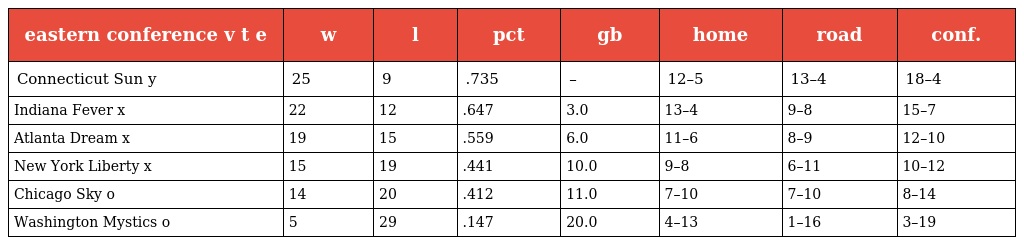
| eastern conference v t e | w | l | pct | gb | home | road | conf. |
 | --- | --- | --- | --- | --- | --- | --- | --- |
 | Connecticut Sun y | 25 | 9 | .735 | – | 12–5 | 13–4 | 18–4 |
 | Indiana Fever x | 22 | 12 | .647 | 3.0 | 13–4 | 9–8 | 15–7 |
 | Atlanta Dream x | 19 | 15 | .559 | 6.0 | 11–6 | 8–9 | 12–10 |
 | New York Liberty x | 15 | 19 | .441 | 10.0 | 9–8 | 6–11 | 10–12 |
 | Chicago Sky o | 14 | 20 | .412 | 11.0 | 7–10 | 7–10 | 8–14 |
 | Washington Mystics o | 5 | 29 | .147 | 20.0 | 4–13 | 1–16 | 3–19 |